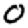
Digit: 0